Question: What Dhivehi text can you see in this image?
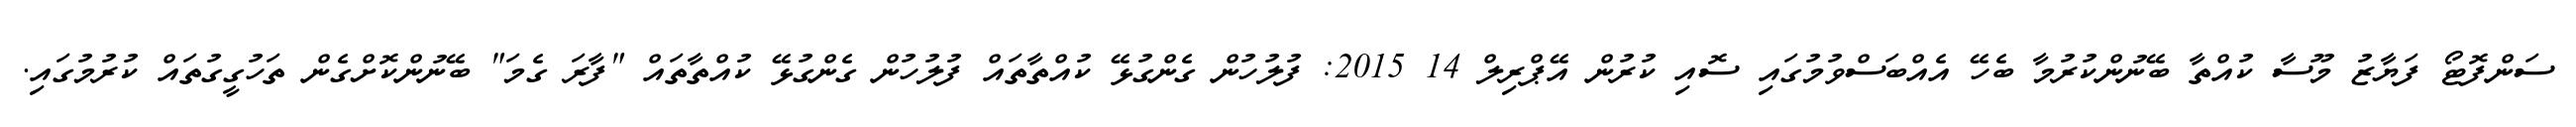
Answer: ސަންފޮޓޯ ފަޔާޒު މޫސާ ކުއްތާ ބޭނުންކުރުމާ ބެހޭ އެއްބަސްވުމުގައި ސޮއި ކުރުން އޭޕްރިލް 14 2015: ފުލުހުން ގެންގުޅޭ ކުއްތާތައް ފުލުހުން ގެންގުޅޭ ކުއްތާތައް "ފާރަ ގެމަ" ބޭނުންކޮށްގެން ތަހުގީގުތައް ކުރުމުގައި.